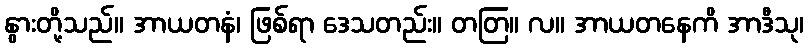
နွားတို့သည်။ အာယတနံ၊ ဖြစ်ရာ ဒေသတည်း။ တတြ။ လ။ အာယတနေကိ အာဒီသု၊